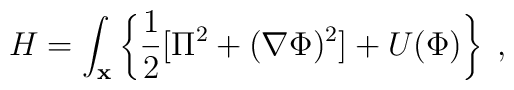
H =\int_{\bf x} \left\{\frac{1}{2}[ \Pi^{2}+ ({\bf \nabla}\Phi)^{2}]+U(\Phi)\right\} \;,